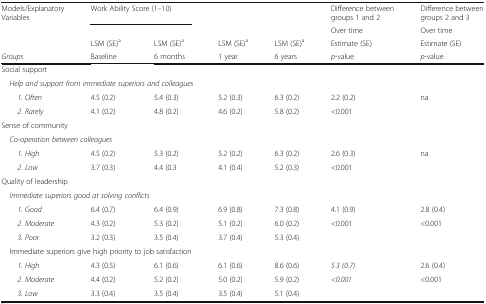
| Models/Explanatory Variables | <COLSPAN=2> Work Ability Score (1–10) |  |  | Difference between groups 1 and 2 | Difference between groups 2 and 3 |
 |  |  |  |  |  | Over time | Over time |
 |  | LSM (SE)a | LSM (SE)a | LSM (SE)a | LSM (SE)a | Estimate (SE) | Estimate (SE) |
 | Groups | Baseline | 6 months | 1 year | 6 years | p-value | p-value |
 | --- | --- | --- | --- | --- | --- | --- |
 | <COLSPAN=7> Social support |
 | <COLSPAN=7> Help and support from immediate superiors and colleagues |
 | 1. Often | 4.5 (0.2) | 5.4 (0.3) | 5.2 (0.3) | 6.3 (0.2) | 2.2 (0.2) | na |
 | 2. Rarely | 4.1 (0.2) | 4.8 (0.2) | 4.6 (0.2) | 5.8 (0.2) | <0.001 |  |
 | <COLSPAN=7> Sense of community |
 | <COLSPAN=7> Co-operation between colleagues |
 | 1. High | 4.5 (0.2) | 5.3 (0.2) | 5.2 (0.2) | 6.3 (0.2) | 2.6 (0.3) | na |
 | 2. Low | 3.7 (0.3) | 4.4 (0.3 | 4.1 (0.4) | 5.2 (0.3) | <0.001 |  |
 | <COLSPAN=7> Quality of leadership |
 | <COLSPAN=7> Immediate superiors good at solving conflicts |
 | 1. Good | 6.4 (0.7) | 6.4 (0.9) | 6.9 (0.8) | 7.3 (0.8) | 4.1 (0.9) | 2.8 (0.4) |
 | 2. Moderate | 4.3 (0.2) | 5.3 (0.2) | 5.1 (0.2) | 6.0 (0.2) | <0.001 | <0.001 |
 | 3. Poor | 3.2 (0.3) | 3.5 (0.4) | 3.7 (0.4) | 5.3 (0.4) |  |  |
 | <COLSPAN=7> Immediate superiors give high priority to job satisfaction |
 | 1. High | 4.3 (0.5) | 6.1 (0.6) | 6.1 (0.6) | 8.6 (0.6) | 5.3 (0.7) | 2.6 (0.4) |
 | 2. Moderate | 4.4 (0.2) | 5.2 (0.2) | 5.0 (0.2) | 5.9 (0.2) | <0.001 | <0.001 |
 | 3. Low | 3.3 (0.4) | 3.5 (0.4) | 3.5 (0.4) | 5.1 (0.4) |  |  |